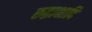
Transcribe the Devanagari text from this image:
रुद्राक्षादि